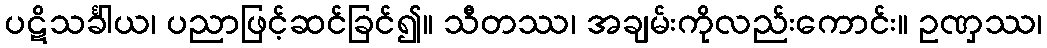
ပဋိသင်္ခါယ၊ ပညာဖြင့်ဆင်ခြင်၍။ သီတဿ၊ အချမ်းကိုလည်းကောင်း။ ဥဏှဿ၊